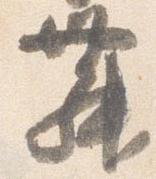
舞